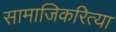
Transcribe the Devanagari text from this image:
सामाजिकरित्या